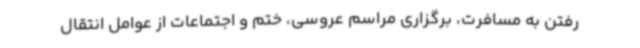
رفتن به مسافرت، برگزاری مراسم عروسی، ختم و اجتماعات از عوامل انتقال